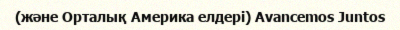
(және Орталық Америка елдері) Avancemos Juntos